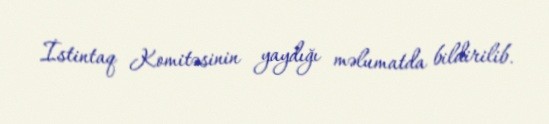
İstintaq Komitəsinin yaydığı məlumatda bildirilib.